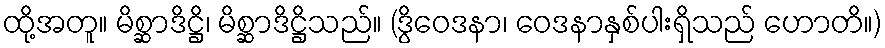
ထို့အတူ။ မိစ္ဆာဒိဋ္ဌိ၊ မိစ္ဆာဒိဋ္ဌိသည်။ (ဒွိဝေဒနာ၊ ဝေဒနာနှစ်ပါးရှိသည် ဟောတိ။)